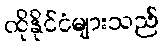
ထိုနိုင်ငံများသည်